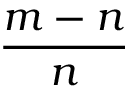
\frac { m - n } { n }